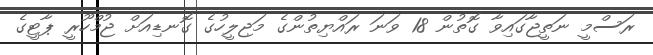
ރަސްމީ ނަތީޖާގައިވާ ގޮތުން 18 ވަނަ ރައްޔިތުންގެ މަޖިލީހުގެ ގޮނޑިއަށް ޖުމްހޫރީ ޕާޓީގެ